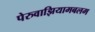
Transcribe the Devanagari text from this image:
पेरुवाझियामबलम